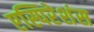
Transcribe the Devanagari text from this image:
एस्पिरेशंस